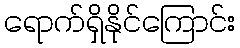
ရောက်ရှိနိုင်ကြောင်း